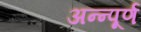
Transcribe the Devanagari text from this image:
अन्न्पूर्ण